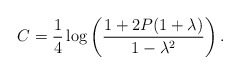
\begin{align*}C=\frac{1}{4}\log\left(\frac{1+2P(1+\lambda)}{1-\lambda^2}\right).\end{align*}